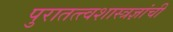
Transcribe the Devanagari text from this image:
पुरातत्त्वशास्त्रज्ञांची